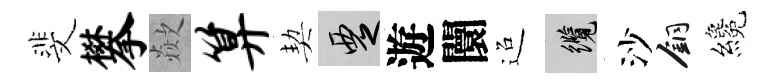
斐攀歘算契覂遊闤迢纜沙銅纔